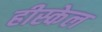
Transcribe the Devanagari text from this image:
हीस्केल